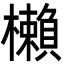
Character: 櫴